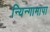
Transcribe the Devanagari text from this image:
न्यिन्गामापा